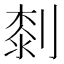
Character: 㓼